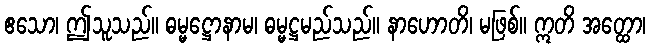
ဧသော၊ ဤသူသည်။ ဓမ္မဋ္ဌောနာမ၊ ဓမ္မဋ္ဌမည်သည်။ နာဟောတိ၊ မဖြစ်။ ဣတိ အတ္ထော၊